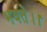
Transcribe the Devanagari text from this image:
भवते।।